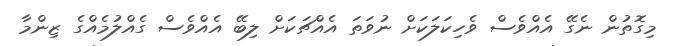
މިގޮތުން ނެގޭ އެއްވެސް ވެހިކަލަކަށް ނުވަތަ އެއްޗަކަށް ލިބޭ އެއްވެސް ގެއްލުމެއްގެ ޒިންމާ